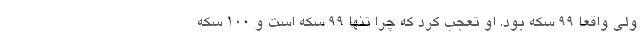
ولی واقعا 99 سکه بود. او تعجب کرد که چرا تنها 99 سکه است و 100 سکه